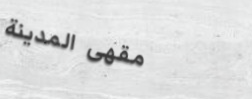
مقهى المدينة